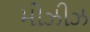
મોઝીઝ